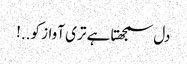
دل سمجھتا ہے تری آواز کو..!